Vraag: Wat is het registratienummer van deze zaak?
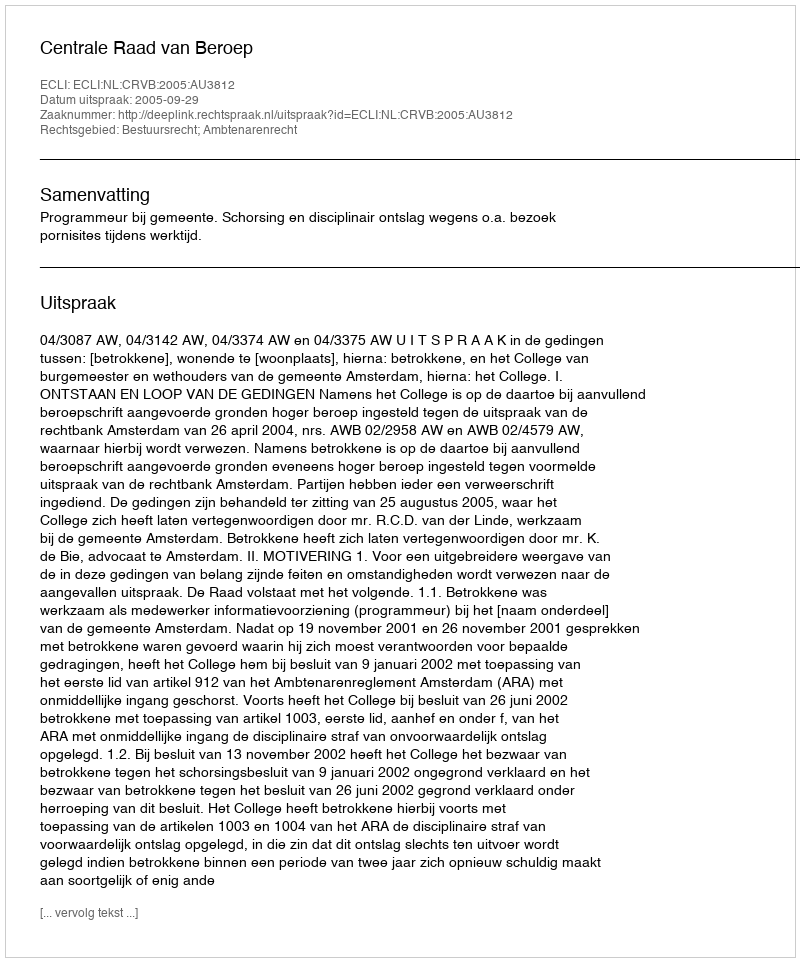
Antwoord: http://deeplink.rechtspraak.nl/uitspraak?id=ECLI:NL:CRVB:2005:AU3812